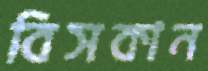
বিসকান